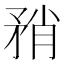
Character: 矟